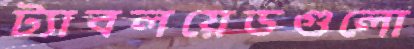
ট্যাবলয়েডগুলো